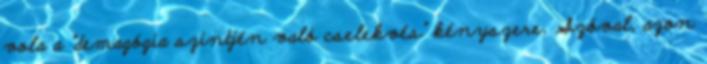
vola a "demagógia szintjén való cselekvés" kényszere. Szóval, azon